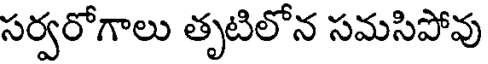
సర్వరోగాలు తృటిలోన సమసిపోవు